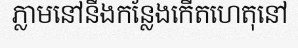
ភ្លាមនៅនឹងកន្លែងកើតហេតុនៅ